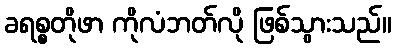
ခရစ္စတိုဖာ ကိုလံဘတ်လို ဖြစ်သွားသည်။